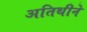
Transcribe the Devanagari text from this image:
अतिथीने